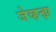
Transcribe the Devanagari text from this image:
जेव्हन्झ